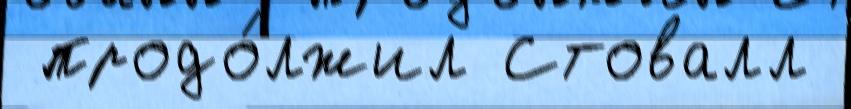
 продо́лжил Стовалл